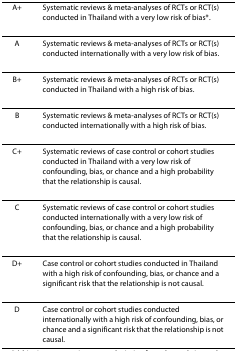
| A+ | Systematic reviews & meta-analyses of RCTs or RCT(s) conducted in Thailand with a very low risk of bias*. |
 | --- | --- |
 | A | Systematic reviews & meta-analyses of RCTs or RCT(s) conducted internationally with a very low risk of bias. |
 | B+ | Systematic reviews & meta-analyses of RCTs or RCT(s) conducted in Thailand with a high risk of bias. |
 | B | Systematic reviews & meta-analyses of RCTs or RCT(s) conducted internationally with a high risk of bias. |
 | C+ | Systematic reviews of case control or cohort studies conducted in Thailand with a very low risk of confounding, bias, or chance and a high probability that the relationship is causal. |
 | C | Systematic reviews of case control or cohort studies conducted internationally with a very low risk of confounding, bias, or chance and a high probability that the relationship is causal. |
 | D+ | Case control or cohort studies conducted in Thailand with a high risk of confounding, bias, or chance and a significant risk that the relationship is not causal. |
 | D | Case control or cohort studies conducted internationally with a high risk of confounding, bias, or chance and a significant risk that the relationship is not causal. |